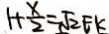
1 + \frac { x } { 2 } = \sqrt { 2 } E K